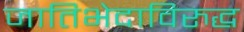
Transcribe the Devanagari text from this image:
जातिभेदाविरुद्ध